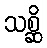
သစ္ဆိ